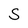
Character: S